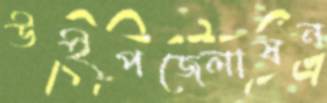
উইপজেলাষন